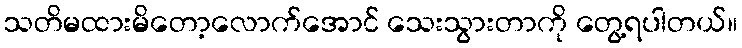
သတိမထားမိတော့လောက်အောင် သေးသွားတာကို တွေ့ရပါတယ်။